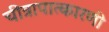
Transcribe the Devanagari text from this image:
चीत्रापात्कारणी